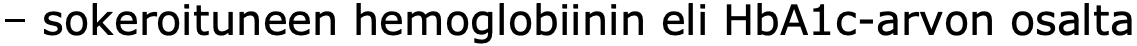
– sokeroituneen hemoglobiinin eli HbA1c-arvon osalta